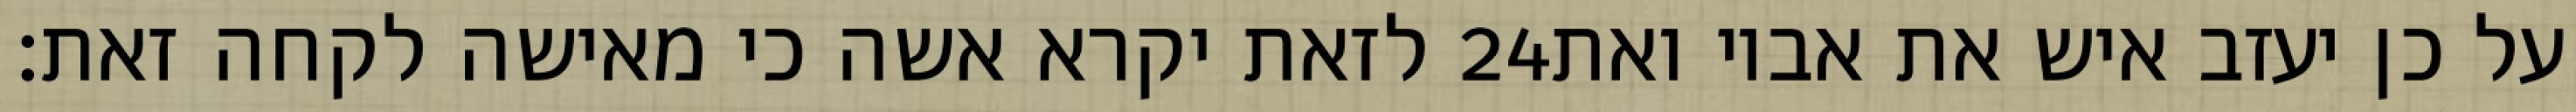
לזאת יקרא אשה כי מאישה לקחה זאת׃ ‎24‏ על כן יעזב איש את אביו ואת